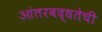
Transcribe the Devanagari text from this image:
आंतरबद्धतेची